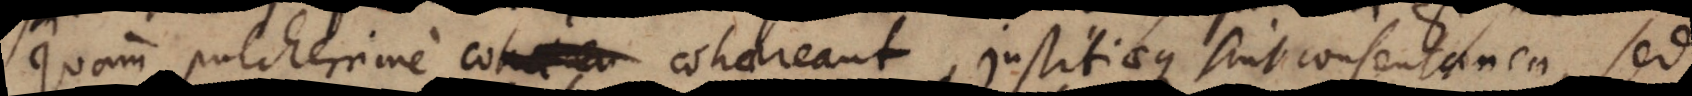
quam pulcherrime cohaereant, justitiaeque sint consentanea, sed